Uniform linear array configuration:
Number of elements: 32
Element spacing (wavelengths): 1
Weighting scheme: uniform
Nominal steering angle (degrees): -30
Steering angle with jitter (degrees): -30.995
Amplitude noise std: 0.05
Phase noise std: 0.05

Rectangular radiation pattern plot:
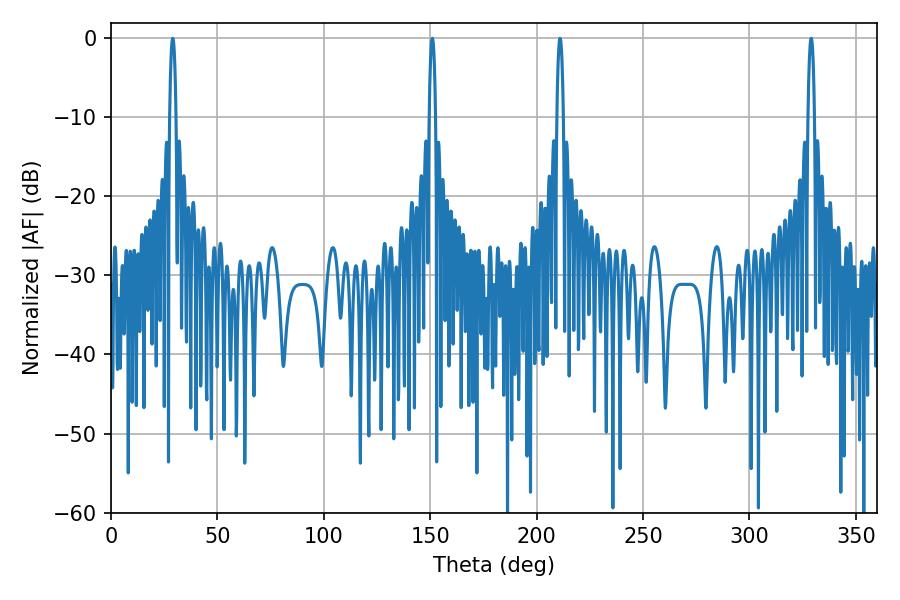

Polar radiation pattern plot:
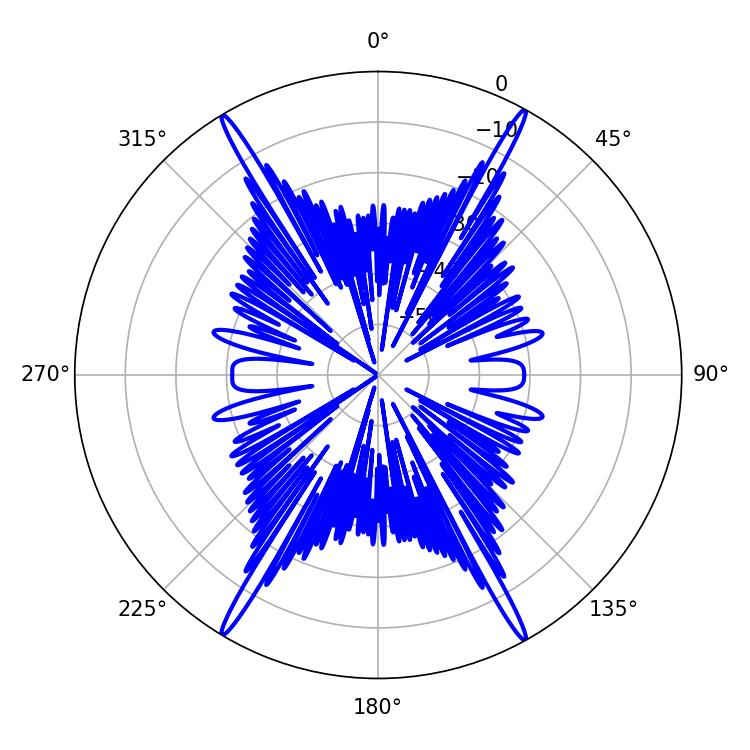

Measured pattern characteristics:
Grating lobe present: TRUE
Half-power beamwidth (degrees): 1.62
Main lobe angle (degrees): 210.96